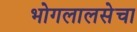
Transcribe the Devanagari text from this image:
भोगलालसेचा